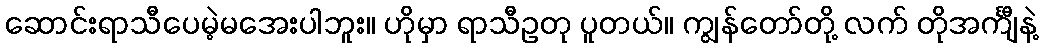
ဆောင်းရာသီပေမဲ့မအေးပါဘူး။ ဟိုမှာ ရာသီဥတု ပူတယ်။ ကျွန်တော်တို့ လက် တိုအင်္ကျီနဲ့